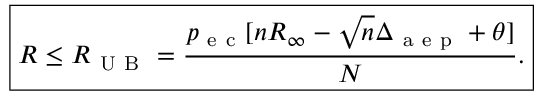
\boxed { R \le R _ { \mathrm { ~ U ~ B ~ } } = \frac { p _ { \mathrm { ~ e ~ c ~ } } [ n R _ { \infty } - \sqrt { n } \Delta _ { \mathrm { ~ a ~ e ~ p ~ } } + \theta ] } { N } . }